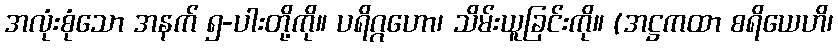
အလုံးစုံသော အနက် ၅-ပါးတို့ကို။ ပရိဂ္ဂဟော၊ သိမ်းယူခြင်းကို။ (အဋ္ဌကထာ စရိယေဟိ၊